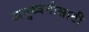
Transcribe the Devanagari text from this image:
अनुध्वनीसाठी